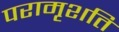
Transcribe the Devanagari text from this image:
परामृशति